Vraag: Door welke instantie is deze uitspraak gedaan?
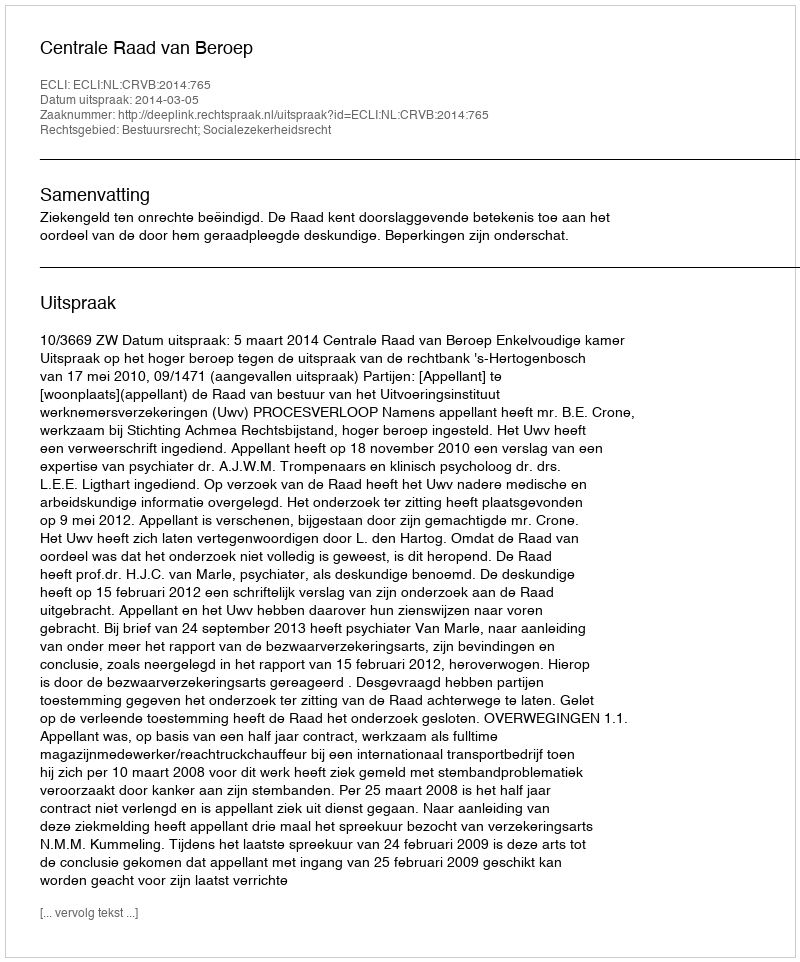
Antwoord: Centrale Raad van Beroep